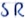
Text: SR